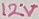
Text: 12V